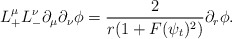
\begin{align*} L_+^\mu L_-^\nu\partial_\mu\partial_\nu\phi=\frac{2}{r(1+F(\psi_t)^2)}\partial_r\phi.\end{align*}